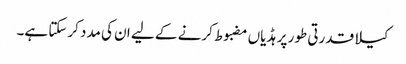
کیلا قدرتی طور پر ہڈیاں مضبوط کرنے کے لیے ان کی مدد کرسکتا ہے۔